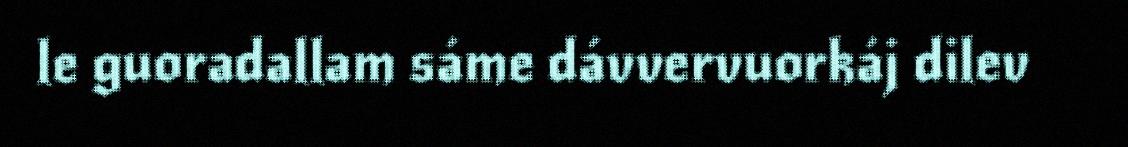
le guoradallam sáme dávvervuorkáj dilev